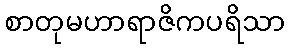
စာတုမဟာရာဇိကပရိသာ